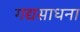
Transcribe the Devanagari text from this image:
गद्यसाधना